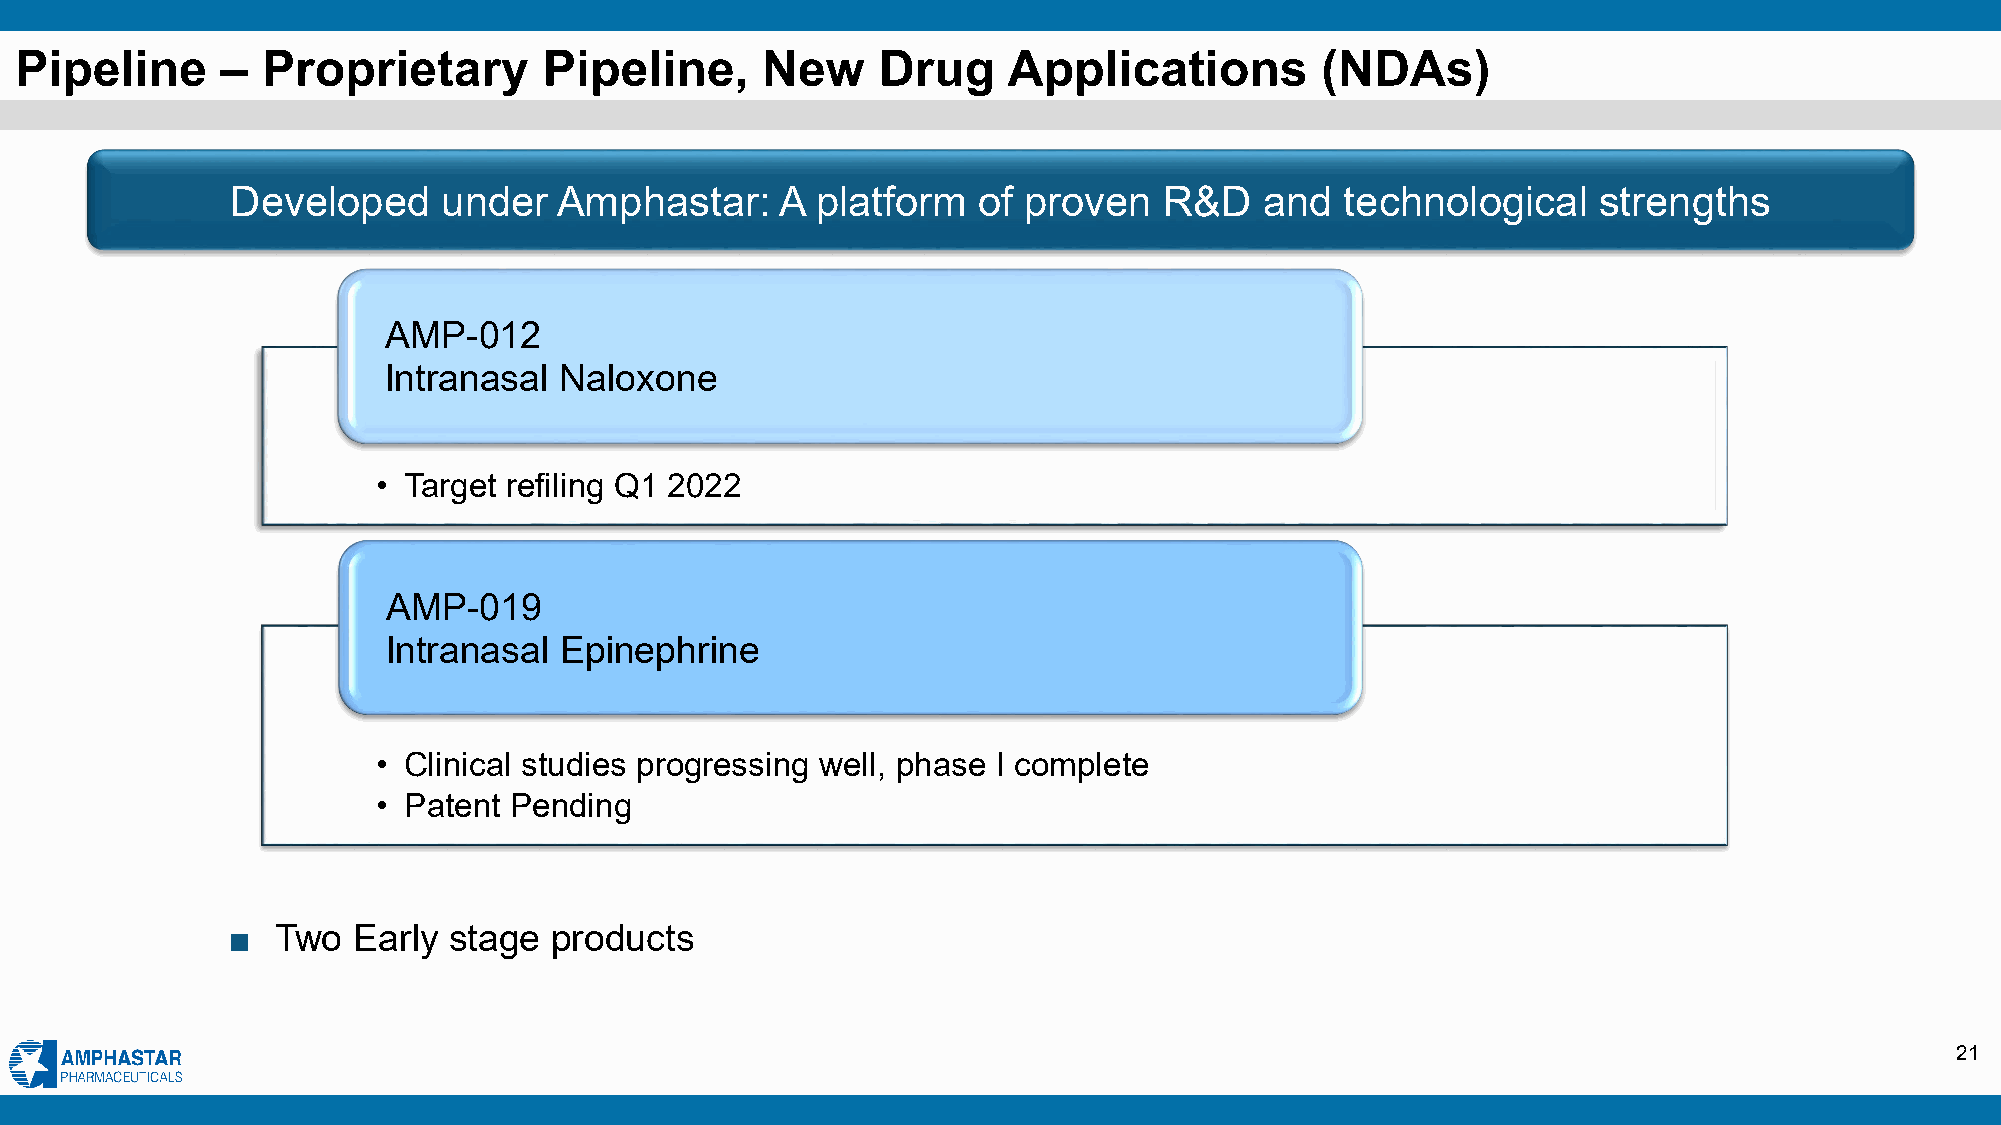
Pipeline      – Proprietary        Pipeline,     New     Drug     Applications        (NDAs)
 Developed     under   Amphastar:     A platform   of proven   R&D    and  technological    strengths
 AMP-012
 Intranasal  Naloxone
 • Target refiling Q1 2022
 AMP-019
 Intranasal Epinephrine
 • Clinical studies progressing well, phase I complete
 • Patent Pending
 ■  Two  Early  stage  products
 21